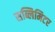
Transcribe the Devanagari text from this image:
सब्लिमिटर